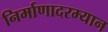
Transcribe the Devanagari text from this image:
निर्माणादरम्यान